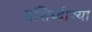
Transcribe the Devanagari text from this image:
प्रसिध्दीच्या